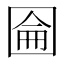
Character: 圇